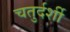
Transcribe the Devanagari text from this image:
चतुर्दर्शी